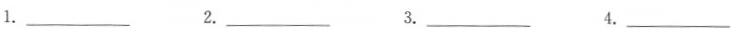
1.___ 2___ 3.___ 4.___